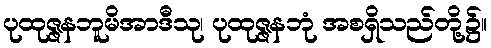
ပုထုဇ္ဇနဘူမိအာဒီသု၊ ပုထုဇ္ဇနဘုံ အစရှိသည်တို့၌။